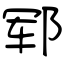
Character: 郓